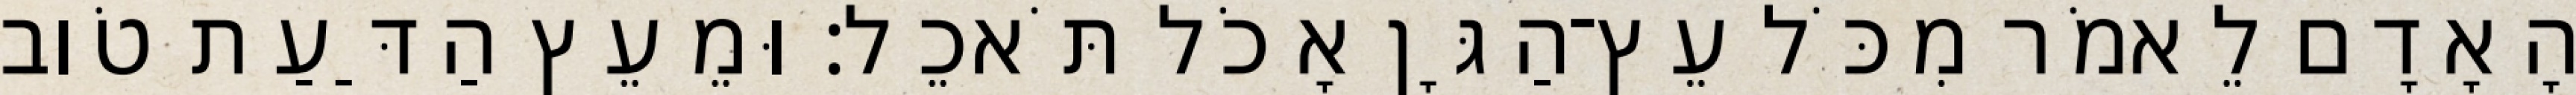
הָאָדָם לֵאמֹר מִכֹּל עֵץ־הַגָּן אָכֹל תֹּאכֵל׃ וּמֵעֵץ הַדַּעַת טֹוב